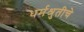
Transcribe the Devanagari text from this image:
धर्मश्रुतीचे